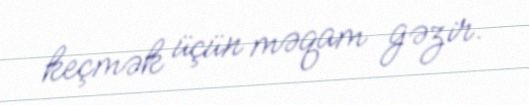
keçmək üçün məqam gəzir.